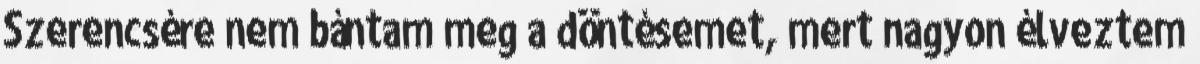
Szerencsére nem bántam meg a döntésemet, mert nagyon élveztem